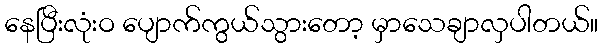
နေပြီးလုံးဝ ပျောက်ကွယ်သွားတော့ မှာသေချာလှပါတယ်။